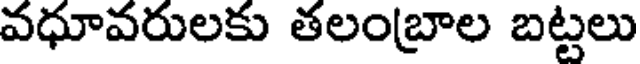
వధూవరులకు తలంబ్రాల బట్టలు